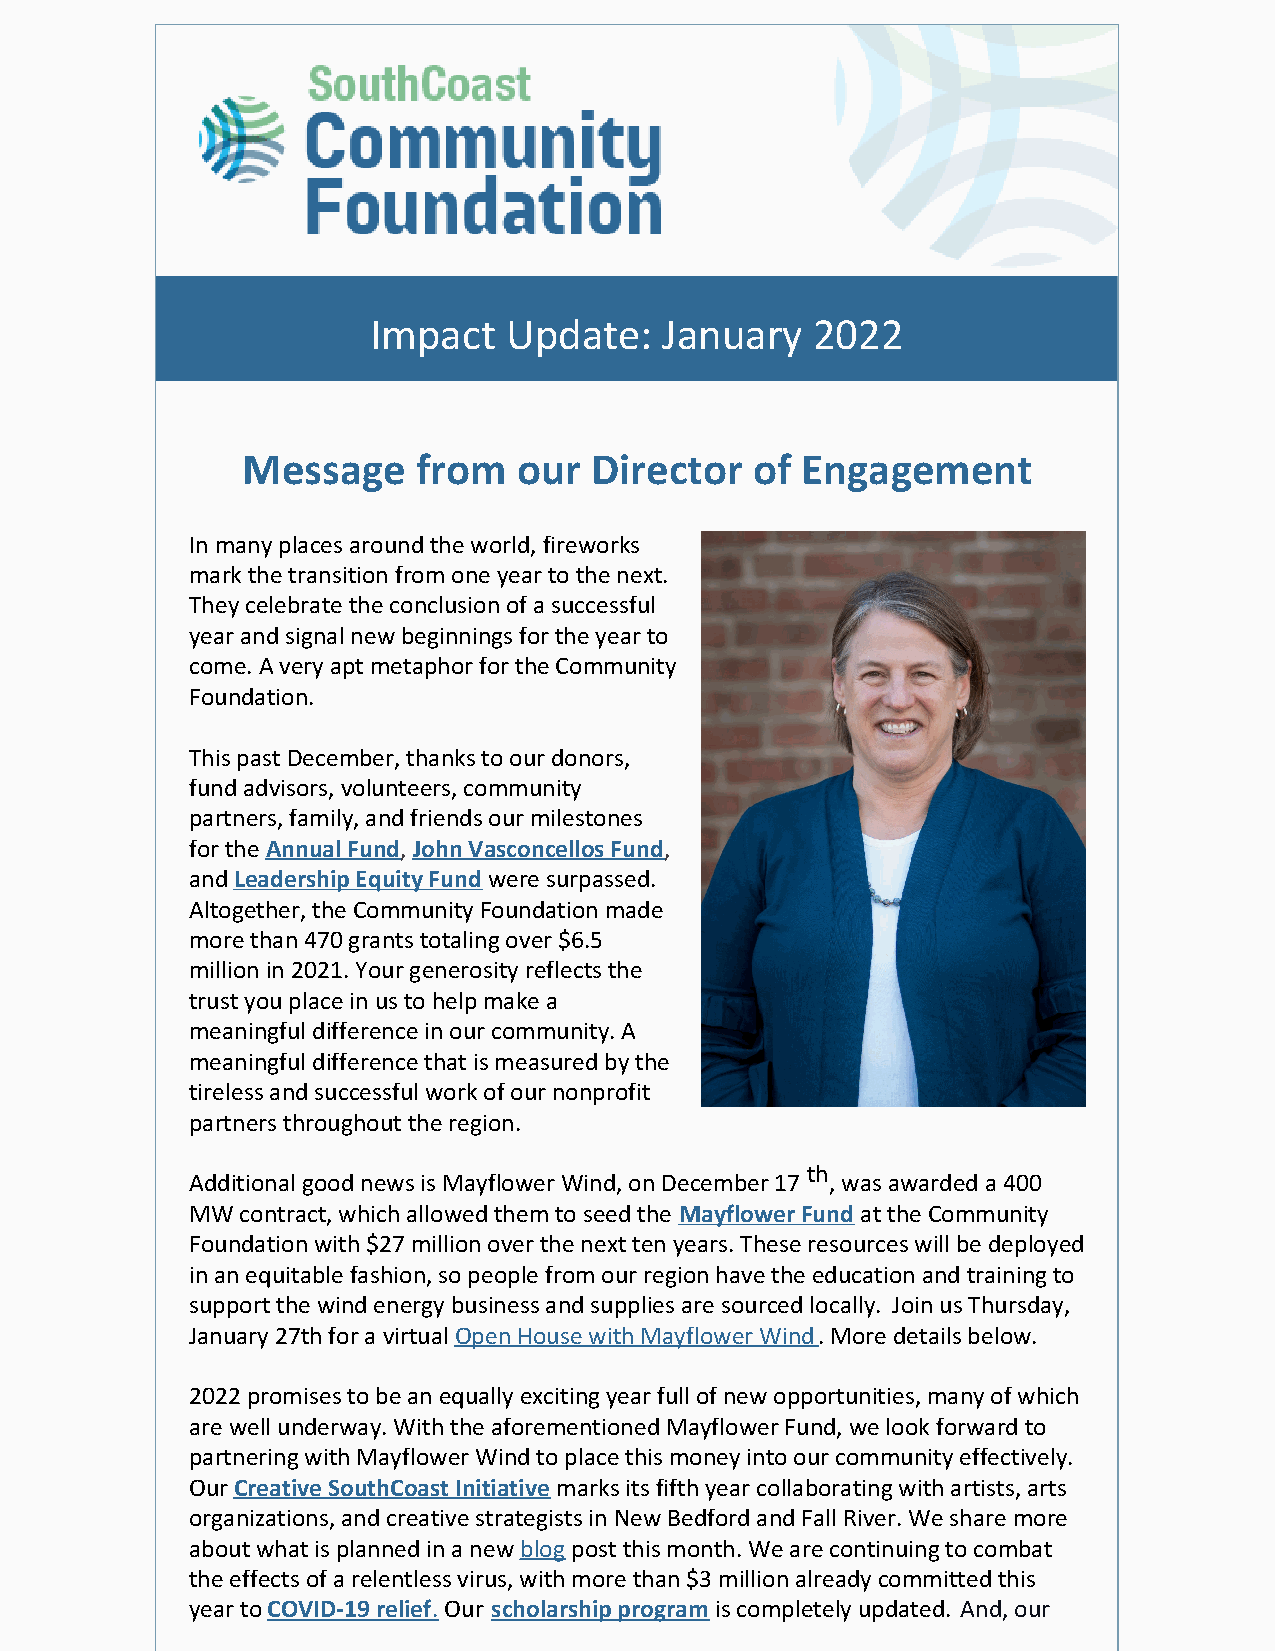
Impact   Update:    January   2022
 Message     from  our  Director   of Engagement
 In many places around the world, fireworks
 mark the transition from one year to the next.
 They celebrate the conclusion of a successful
 year and signal new beginnings for the year to
 come. A very apt metaphor for the Community
 Foundation.
 This past December, thanks to our donors,
 fund advisors, volunteers, community
 partners, family, and friends our milestones
 for the Annual Fund, John Vasconcellos Fund,
 and Leadership Equity Fund were surpassed.
 Altogether, the Community Foundation made
 more than 470 grants totaling over $6.5
 million in 2021. Your generosity reflects the
 trust you place in us to help make a
 meaningful difference in our community. A
 meaningful difference that is measured by the
 tireless and successful work of our nonprofit
 partners throughout the region.
 th
 Additional good news is Mayflower Wind, on December 17 , was awarded a 400
 MW contract, which allowed them to seed the Mayflower Fund at the Community
 Foundation with $27 million over the next ten years. These resources will be deployed
 in an equitable fashion, so people from our region have the education and training to
 support the wind energy business and supplies are sourced locally. Join us Thursday,
 January 27th for a virtual Open House with Mayflower Wind. More details below.
 2022 promises to be an equally exciting year full of new opportunities, many of which
 are well underway. With the aforementioned Mayflower Fund, we look forward to
 partnering with Mayflower Wind to place this money into our community effectively.
 Our Creative SouthCoast Initiative marks its fifth year collaborating with artists, arts
 organizations, and creative strategists in New Bedford and Fall River. We share more
 about what is planned in a new blog post this month. We are continuing to combat
 the effects of a relentless virus, with more than $3 million already committed this
 year to COVID-19 relief. Our scholarship program is completely updated. And, our